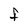
Character: f